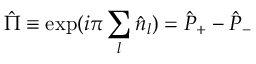
\hat { \Pi } \equiv \exp ( i \pi \sum _ { l } \hat { n } _ { l } ) = \hat { P } _ { + } - \hat { P } _ { - }